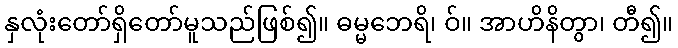
နှလုံးတော်ရှိတော်မူသည်ဖြစ်၍။ ဓမ္မဘေရိ၊ ဝ်။ အာဟိနိတွာ၊ တီ၍။